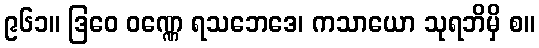
၉၆၁။ ဒြဝေ ဝဏ္ဏေ ရသဘေဒေ၊ ကသာယော သုရဘိမှိ စ။